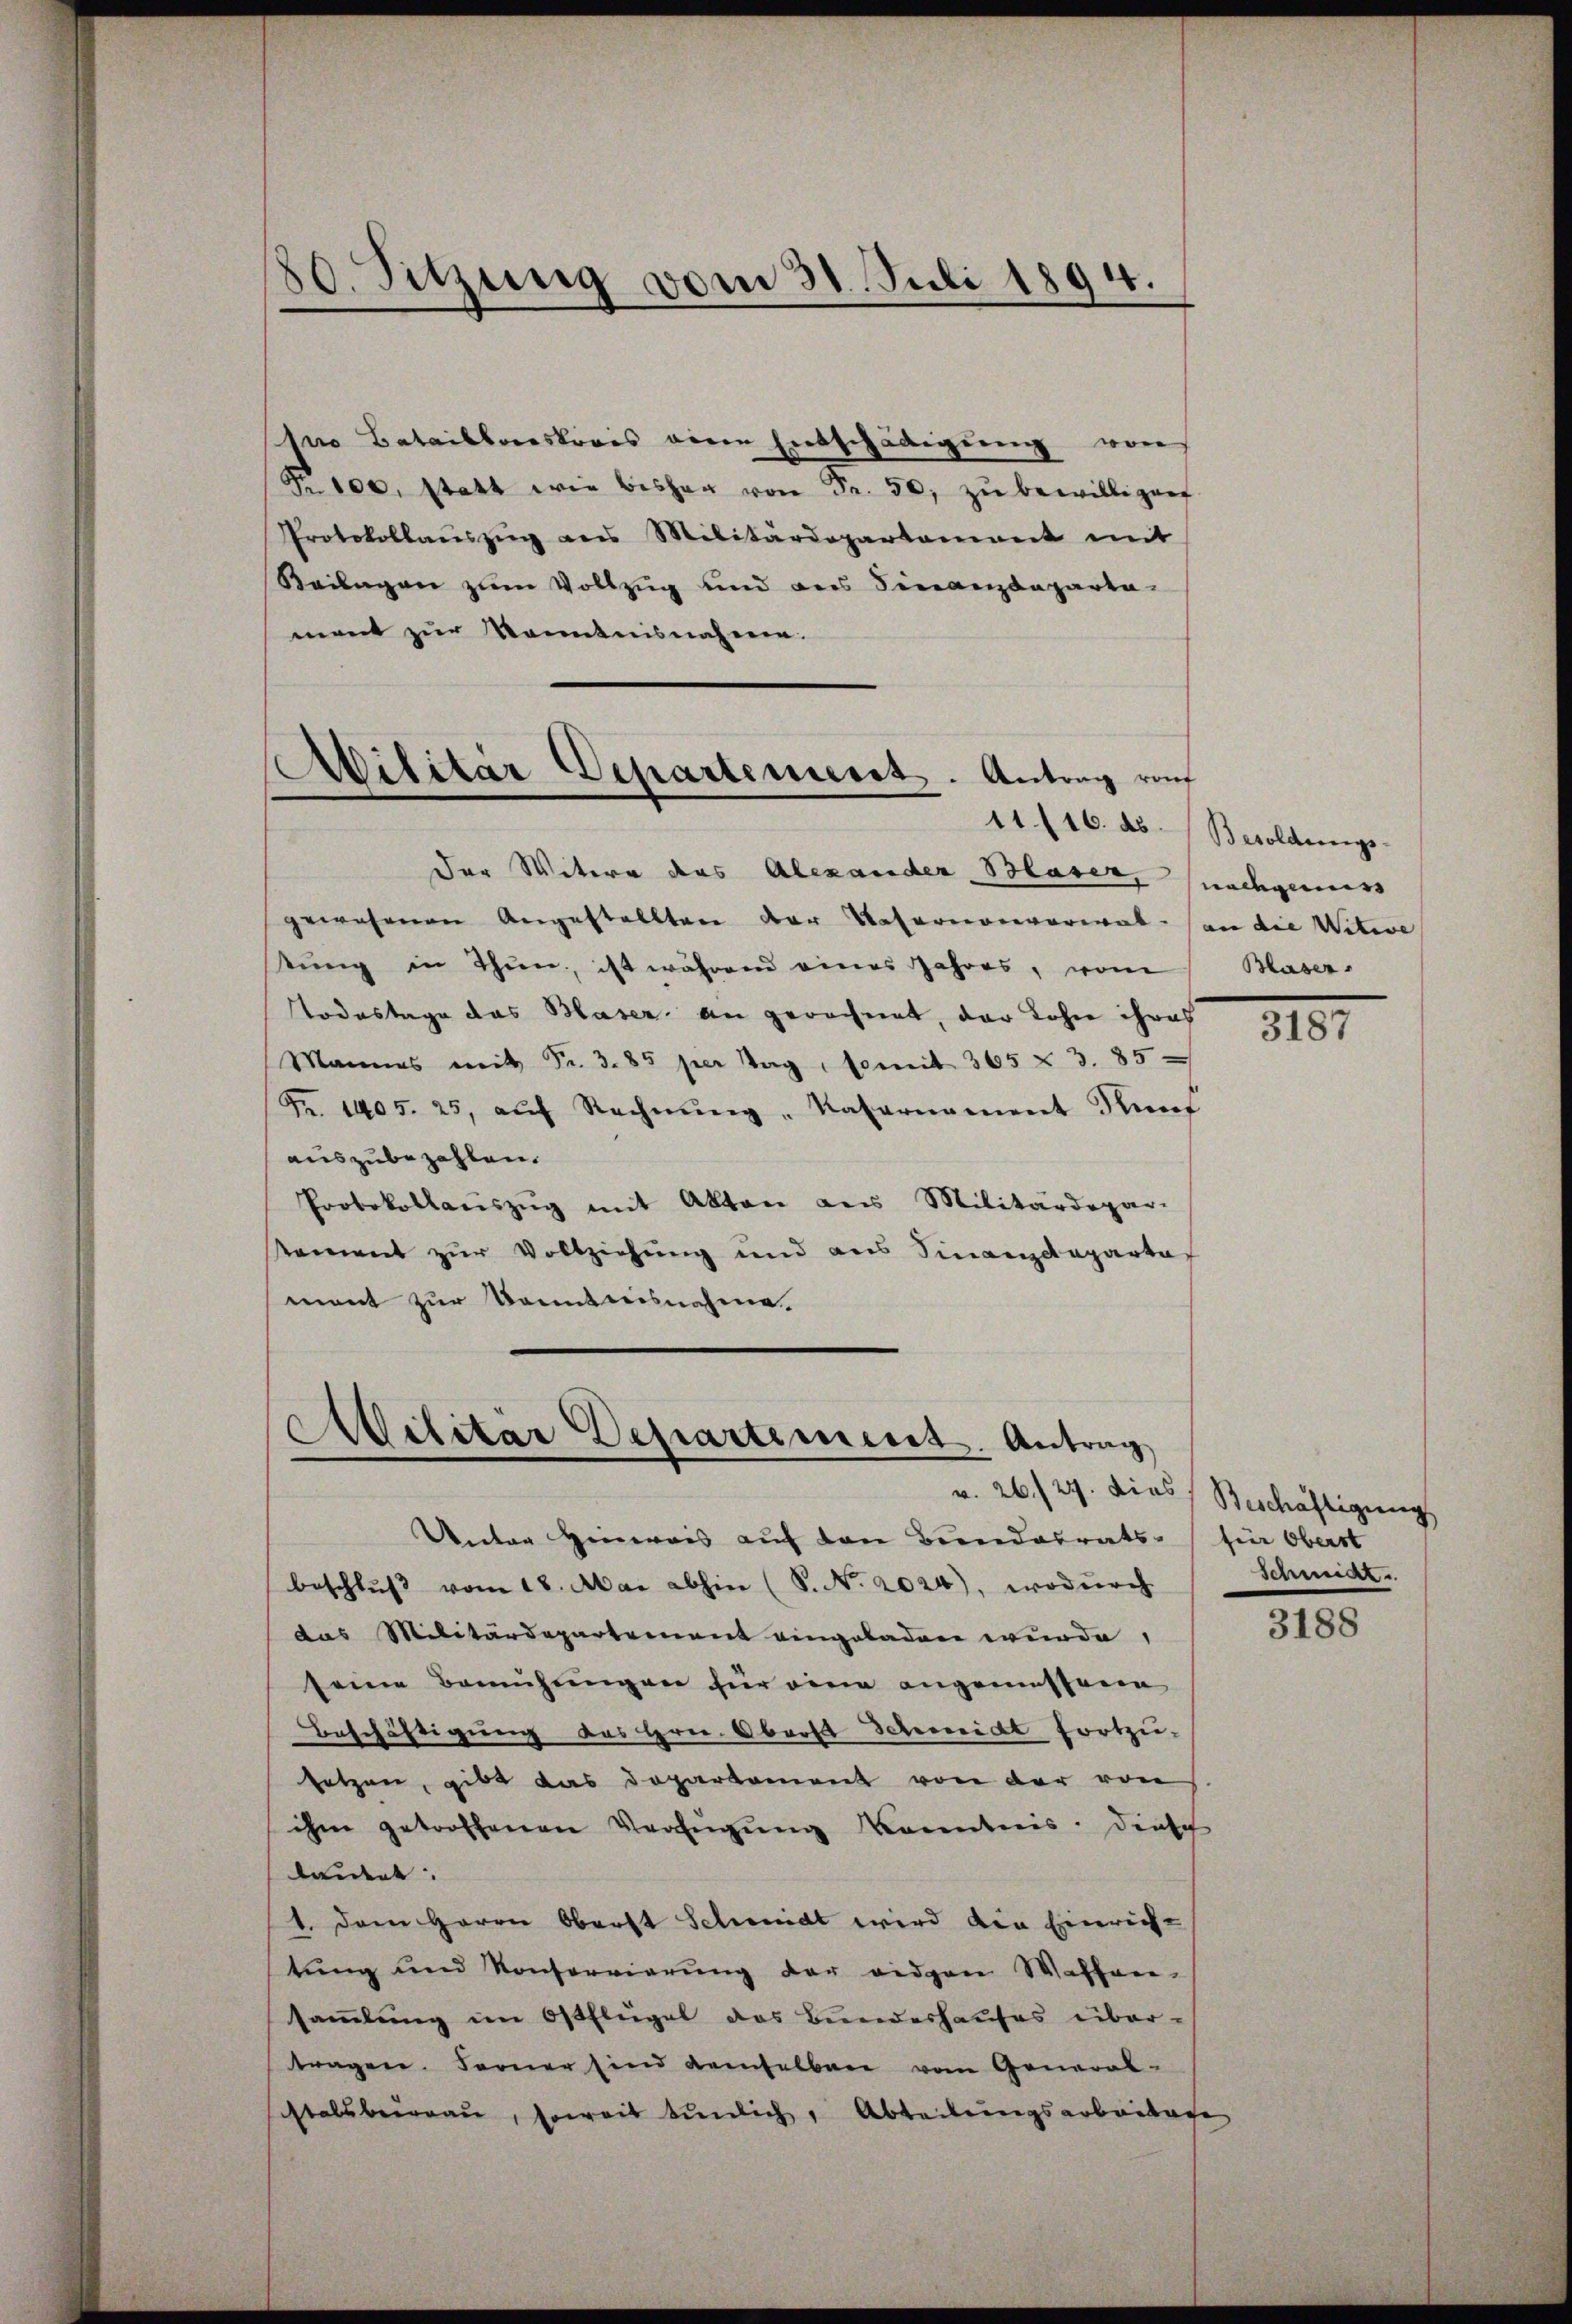
s
30. Sitzung vom 31. Juli 1894.

ro Bataillonskrais eine Entschädigung von
Nr. 100, statt wie bisher von Fr. 50, zŭ bewilligen
Protokollaŭszŭg ans Militärdepartament mit
Beilagen zum Vollzug und des Finanzdeparta-
mant zur Kenntnisnahme.

Abilitär Departement. Antrag ruf
11 (16. ds. Besoldungs-

Der Witere das Alexander Blaser, nachgemess
gewesenen Angestellten der Reformenverwal- an die Witwe
tŭng in Thun, ist während eines Jahres, vom
Todestage das Blaser an gerechnet, der Lohne ihres
Mannes mit Fr. 3. 85 per Tag, somit 365 & 3. 85
Fr. 1405. 25, aŭf Rechnŭng, Vaternament Künf
auszubezahlen.
Protokollauszug mit Akten aus Militärdepar-
sement zur Vollziehung und aus Sinanzdeparte
ment zur Kenntnisnahme.

Militär Departement. Antrag

Unter Hinweis auf den Beendairats- (für Oberst
beschlŭβ vom 18. Mai abhin (S. Nr. 2024), wodurch
das Militärdepartement eingeladen wurde,
seine Bemühungen für eine angemessene
Beschäftigung des Hrn. Oberst Schmidt fortzusetzen, gibt das Departement von der von
ihm getroffenen Verfügŭng Kenntnis: Diensch
laudert.
1. Dem Herrn Oberst Schmidt wird die Einrichtung und Konservierung der viden Waffen-
sammlung im Ostflügel das Bundeshauses über-
tragen. Ferner sind demselben vom General-
stalsberau, soweit tunlich, Abteilungsarbeitage

v. 26./29. Dies Beschäftigung

Blaser

8161

Schmar.

3188